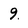
Character: 9